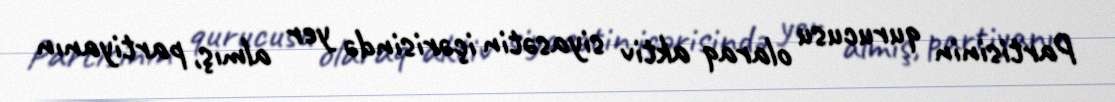
Partisinin qurucusu olaraq aktiv siyasətin içərisində yer almış, partiyanın